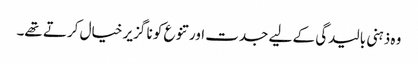
وہ ذہنی بالیدگی کے لیے جدت اور تنوع کو نا گزیر خیال کرتے تھے۔